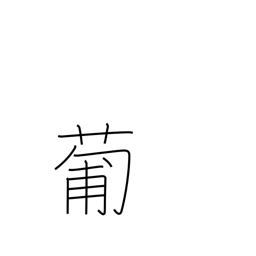
Meaning: Portugal